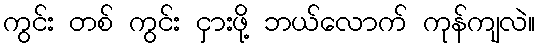
ကွင်း တစ် ကွင်း ငှားဖို့ ဘယ်လောက် ကုန်ကျလဲ။